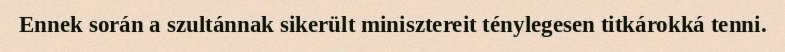
Ennek során a szultánnak sikerült minisztereit ténylegesen titkárokká tenni.